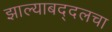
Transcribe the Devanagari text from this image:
झाल्याबद्दलचा